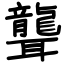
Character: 聾